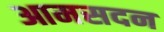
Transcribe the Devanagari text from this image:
आमसदन